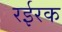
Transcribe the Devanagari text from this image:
रईरक